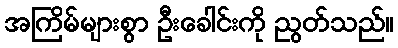
အကြိမ်များစွာ ဦးခေါင်းကို ညွတ်သည်။